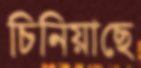
চিনিয়াছে